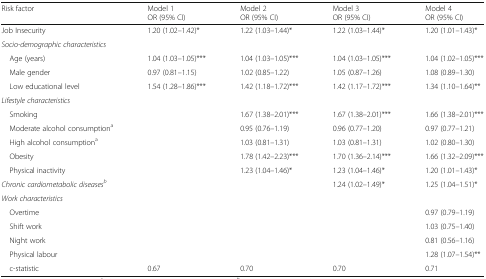
<table><thead><tr><td><b>Risk factor</b></td><td><b>Model 1OR (95% CI)</b></td><td><b>Model 2OR (95% CI)</b></td><td><b>Model 3OR (95% CI)</b></td><td><b>Model 4OR (95% CI)</b></td></tr></thead><tbody><tr><td>Job Insecurity</td><td>1.20 (1.02–1.42)*</td><td>1.22 (1.03–1.44)*</td><td>1.22 (1.03–1.44)*</td><td>1.20 (1.01–1.43)*</td></tr><tr><td colspan="5"><i>Socio-demographic characteristics</i></td></tr><tr><td> Age (years)</td><td>1.04 (1.03–1.05)***</td><td>1.04 (1.03–1.05)***</td><td>1.04 (1.03–1.05)***</td><td>1.04 (1.02–1.05)***</td></tr><tr><td> Male gender</td><td>0.97 (0.81–1.15)</td><td>1.02 (0.85–1.22)</td><td>1.05 (0.87–1.26)</td><td>1.08 (0.89–1.30)</td></tr><tr><td> Low educational level</td><td>1.54 (1.28–1.86)***</td><td>1.42 (1.18–1.72)***</td><td>1.42 (1.17–1.72)***</td><td>1.34 (1.10–1.64)**</td></tr><tr><td colspan="5"><i>Lifestyle characteristics</i></td></tr><tr><td> Smoking</td><td></td><td>1.67 (1.38–2.01)***</td><td>1.67 (1.38–2.01)***</td><td>1.66 (1.38–2.01)***</td></tr><tr><td> Moderate alcohol consumption<sup>a</sup></td><td></td><td>0.95 (0.76–1.19)</td><td>0.96 (0.77–1.20)</td><td>0.97 (0.77–1.21)</td></tr><tr><td> High alcohol consumption<sup>a</sup></td><td></td><td>1.03 (0.81–1.31)</td><td>1.03 (0.81–1.31)</td><td>1.02 (0.80–1.30)</td></tr><tr><td> Obesity</td><td></td><td>1.78 (1.42–2.23)***</td><td>1.70 (1.36–2.14)***</td><td>1.66 (1.32–2.09)***</td></tr><tr><td> Physical inactivity</td><td></td><td>1.23 (1.04–1.46)*</td><td>1.23 (1.04–1.46)*</td><td>1.20 (1.01–1.43)*</td></tr><tr><td><i>Chronic cardiometabolic diseases</i><sup><i>b</i></sup></td><td></td><td></td><td>1.24 (1.02–1.49)*</td><td>1.25 (1.04–1.51)*</td></tr><tr><td colspan="5"><i>Work characteristics</i></td></tr><tr><td> Overtime</td><td></td><td></td><td></td><td>0.97 (0.79–1.19)</td></tr><tr><td> Shift work</td><td></td><td></td><td></td><td>1.03 (0.75–1.40)</td></tr><tr><td> Night work</td><td></td><td></td><td></td><td>0.81 (0.56–1.16)</td></tr><tr><td> Physical labour</td><td></td><td></td><td></td><td>1.28 (1.07–1.54)**</td></tr><tr><td> c-statistic</td><td>0.67</td><td>0.70</td><td>0.70</td><td>0.71</td></tr></tbody></table>